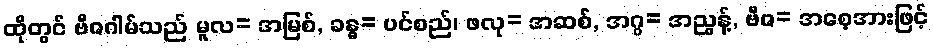
ထိုတွင် ဗီဇဂါမ်သည် မူလ= အမြစ်, ခန္ဓ= ပင်စည်၊ ဖလု= အဆစ်, အဂ္ဂ= အညွန့်, ဗီဇ= အစေ့အားဖြင့်